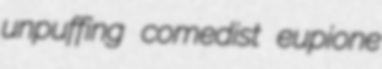
unpuffing comedist eupione